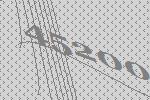
45200